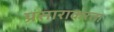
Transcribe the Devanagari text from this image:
प्रसाराकरता